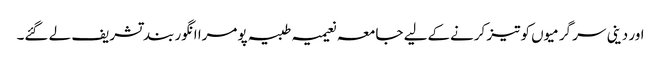
اور دینی سر گرمیوں کو تیز کرنےکےلیے جامعہ نعیمیہ طبیہ پومرا انگور بند تشریف لے گئے۔